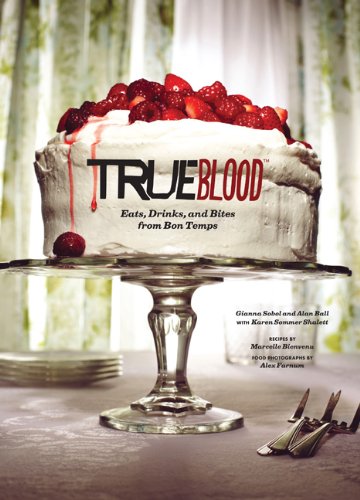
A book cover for True Blood: Eats, Drinks, and Bites from Bon Temps; Gianna Sobol; Cookbooks, Food & Wine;